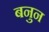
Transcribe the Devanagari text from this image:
बनुन